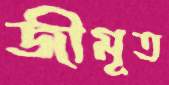
জীমূত